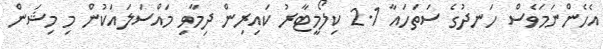
އެހެންނަމަވެސް ހަނދުގެ ސަތަހައާ 2.1 ކިލޯމީޓާރު ކައިރިން ދިމާވި މައްސަލައަކުން މި މިޝަން